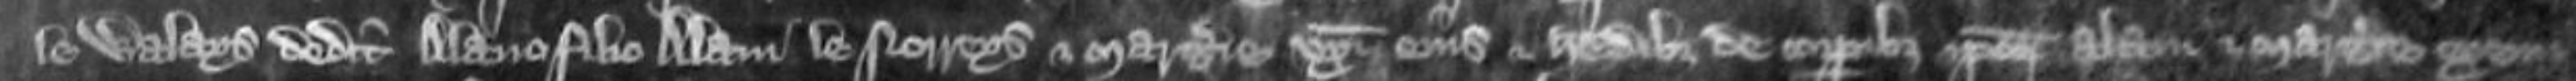
le Waleys dedit Alano filio Alani le Norreys et Margerie uxori eius et heredibus de corporibus ipsorum Alani et Margerie exeun